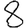
Digit: 8